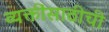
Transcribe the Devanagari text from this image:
व्यक्तींसाठीची